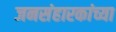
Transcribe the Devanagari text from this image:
जनसंहारकांच्या